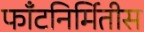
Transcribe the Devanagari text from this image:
फाँटनिर्मितीस